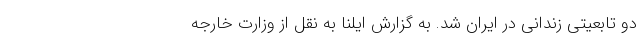
دو تابعیتی زندانی در ایران شد. به گزارش ایلنا به نقل از وزارت خارجه